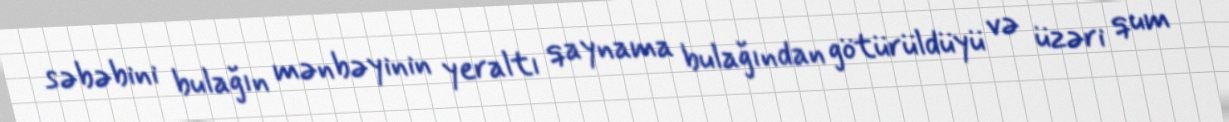
səbəbini bulağın mənbəyinin yeraltı qaynama bulağından götürüldüyü və üzəri qum